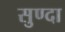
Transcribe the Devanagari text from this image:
सुण्दा